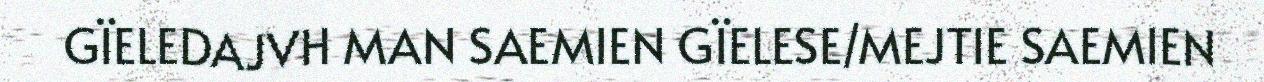
GÏELEDAJVH MAN SAEMIEN GÏELESE/MEJTIE SAEMIEN